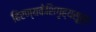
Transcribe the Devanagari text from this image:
हिरण्यकेशिगृह्यसूत्र